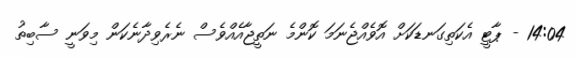
14:04 - ޕާޓީ އެކަތިގަނޑަކަށް އޮވެއްޖެނަމަ ކޮންމެ ނަތީޖާއެއްވެސް ނެރެވިދާނެކަން މިވަނީ ސާބިތު